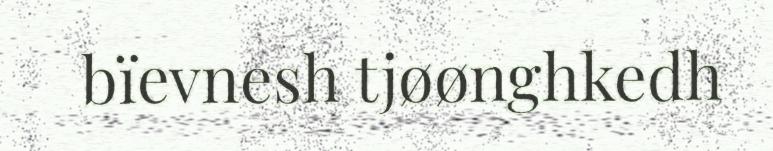
bïevnesh tjøønghkedh